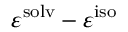
\varepsilon ^ { \mathrm { { s o l v } } } - \varepsilon ^ { \mathrm { { i s o } } }